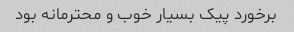
برخورد پیک بسیار خوب و محترمانه بود